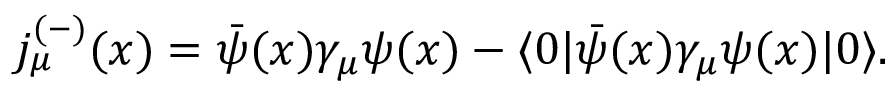
j _ { \mu } ^ { ( - ) } ( x ) = \bar { \psi } ( x ) \gamma _ { \mu } \psi ( x ) - \langle 0 | \bar { \psi } ( x ) \gamma _ { \mu } \psi ( x ) | 0 \rangle .